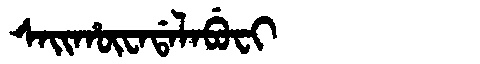
Manchu: ᠰᠠᡳᡥᡡᠸᠠᡩᠠᠯᠠᠪᡠᠸᡳ
Romanization: SAIHŪWADALABUFI